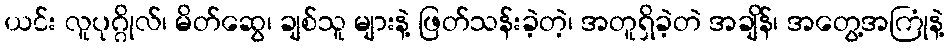
ယင်း လူပုဂ္ဂိုလ်၊ မိတ်ဆွေ၊ ချစ်သူ များနဲ့ ဖြတ်သန်းခဲ့တဲ့၊ အတူရှိခဲ့တဲ အချိန်၊ အတွေ့အကြုံနဲ့